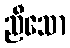
ညီသော